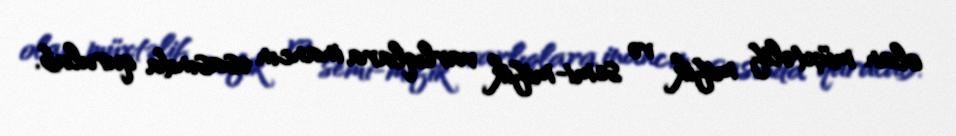
olan müxtəlif mifik və semi-mifik varlıqlara inancın əsasında qurulub.